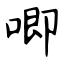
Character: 唧